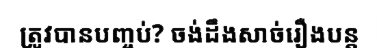
ត្រូវបានបញ្ចប់? ចង់ដឹងសាច់រឿងបន្ត